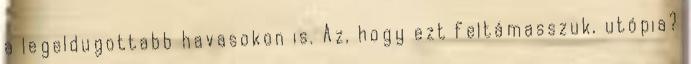
a legeldugottabb havasokon is. Az, hogy ezt feltámasszuk, utópia?